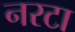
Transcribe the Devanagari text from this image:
नरटा